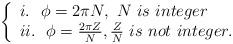
LaTeX: \begin{align*} \left\{ \begin{array}{ll} i.~~\phi=2\pi N,~N~is~integer\\ ii.~~\phi=\frac{2\pi Z}{N},\frac{Z}{N}~is~not~integer.\\ \end{array} \right.\end{align*}